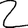
Digit: 2